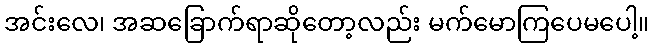
အင်းလေ၊ အဆခြောက်ရာဆိုတော့လည်း မက်မောကြပေမပေါ့။